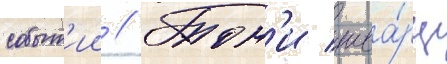
событ'ии // Тон'и шва́рц